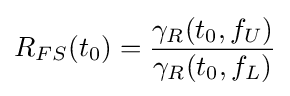
R_{FS}(t_{0})={\frac {\gamma _{R}(t_{0},f_{U})}{\gamma _{R}(t_{0},f_{L})}}